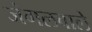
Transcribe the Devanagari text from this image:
जंगलवाले